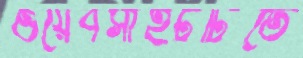
ওয়েবসাইটটিতে